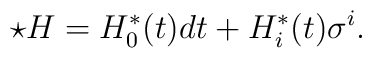
\star H=H^{\ast}_0(t)dt + H^{\ast}_i(t)\sigma^i.